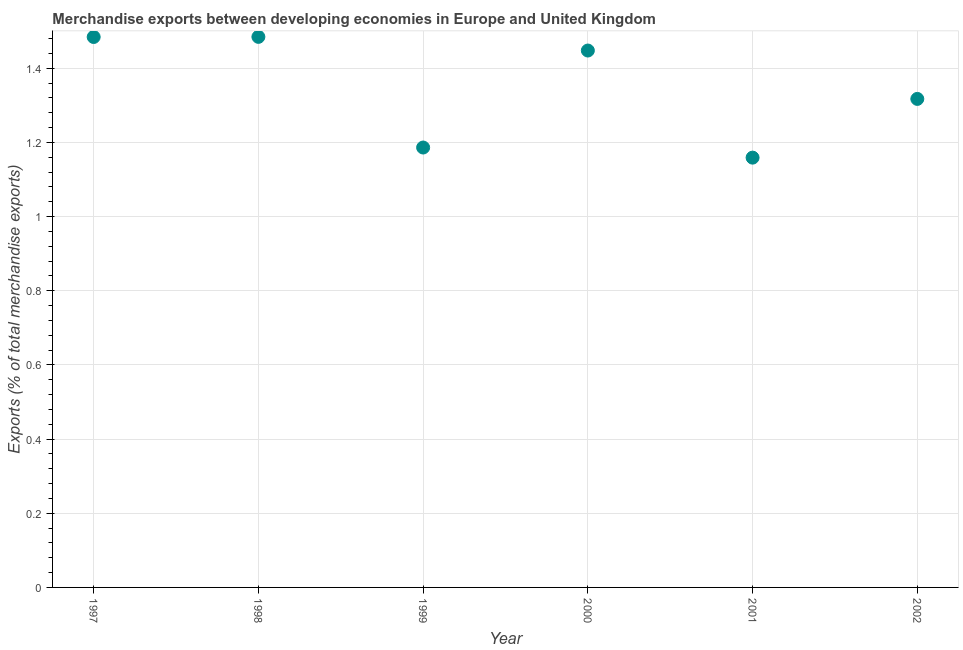
| Year | Merchandise Exports |
 | --- | --- |
 | 1997 | 1.48 |
 | 1998 | 1.48 |
 | 1999 | 1.19 |
 | 2000 | 1.45 |
 | 2001 | 1.16 |
 | 2002 | 1.32 |